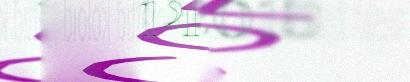
14.8.2015